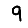
Digit: 9